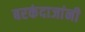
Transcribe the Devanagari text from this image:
बरकंदाजांनी